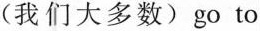
（我们大多数）go to